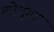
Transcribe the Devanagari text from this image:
लोचुगा